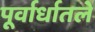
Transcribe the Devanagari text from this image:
पूर्वार्धातले